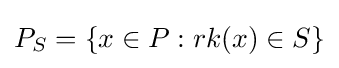
P_{S}=\{x\in P:rk(x)\in S\}